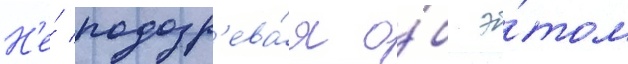
Н'е́ подозр'ева́я о́б э́том